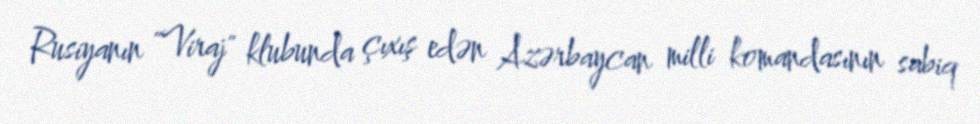
Rusiyanın "Viraj" klubunda çıxış edən Azərbaycan milli komandasının sabiq